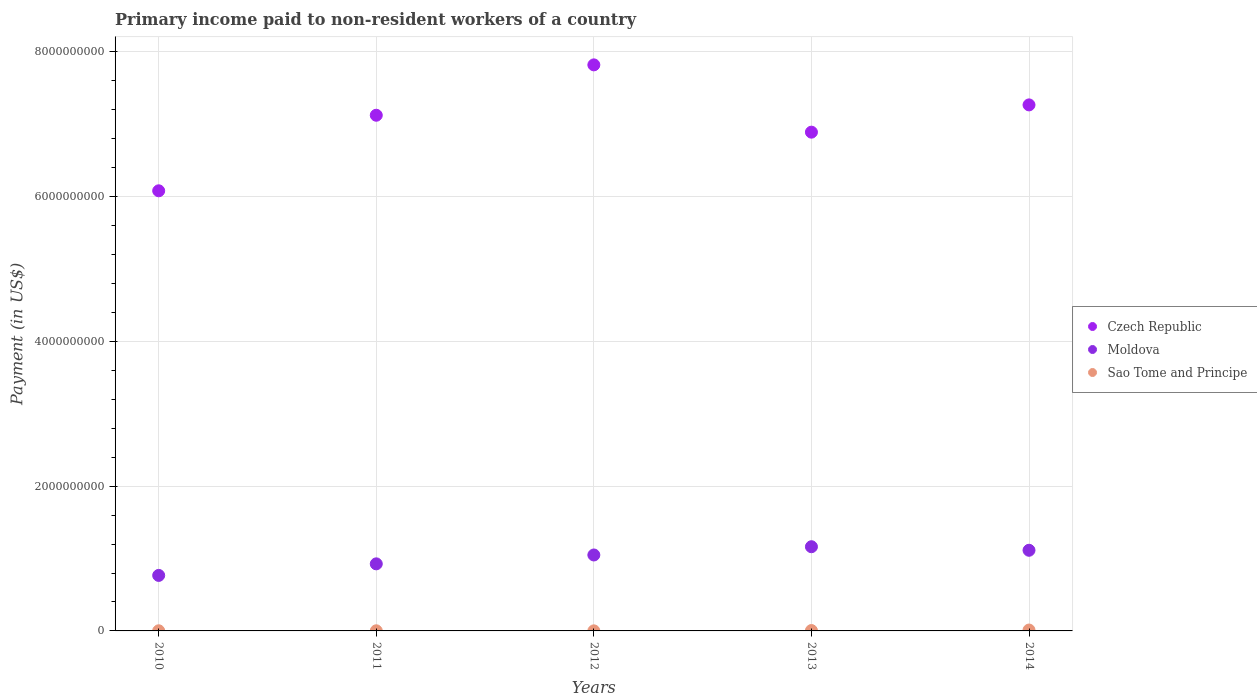
| Years | Czech Republic | Moldova | Sao Tome and Principe |
 | --- | --- | --- | --- |
 | 2010 | 6.08e+09 | 7.67e+08 | 1.89e+06 |
 | 2011 | 7.13e+09 | 9.27e+08 | 1.87e+06 |
 | 2012 | 7.82e+09 | 1.05e+09 | 1.02e+06 |
 | 2013 | 6.89e+09 | 1.16e+09 | 5.31e+06 |
 | 2014 | 7.27e+09 | 1.11e+09 | 1.22e+07 |